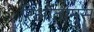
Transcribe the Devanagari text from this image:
रिओतामुस